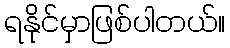
ရနိုင်မှာဖြစ်ပါတယ်။